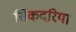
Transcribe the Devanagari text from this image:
सिंकदरिया